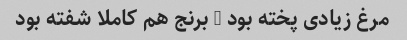
مرغ زیادی پخته بود , برنج هم کاملا شفته بود